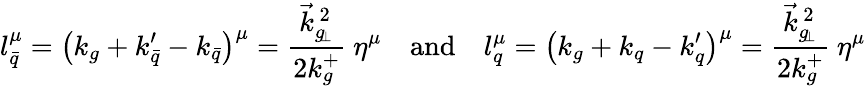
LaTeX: l_{\bar{q}}^{\mu}=\left(k_{g}+k_{\bar{q}}^{\prime}-k_{\bar{q}}\right)^{\mu}={\frac{\vec{k}_{g_{\! \perp}}^{\, 2}}{2k_{g}^{+}}}\ \eta^{\mu}\quad\mathrm{and}\quad l_{q}^{\mu}=\left(k_{g}+k_{q}-k_{q}^{\prime}\right)^{\mu}={\frac{\vec{k}_{g_{\! \perp}}^{\, 2}}{2k_{g}^{+}}}\ \eta^{\mu}